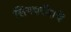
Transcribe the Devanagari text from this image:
लिंगशरीराचें